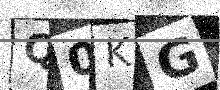
Text: Q0KG